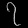
Digit: ၇